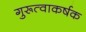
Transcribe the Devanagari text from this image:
गुरूत्वाकर्षक